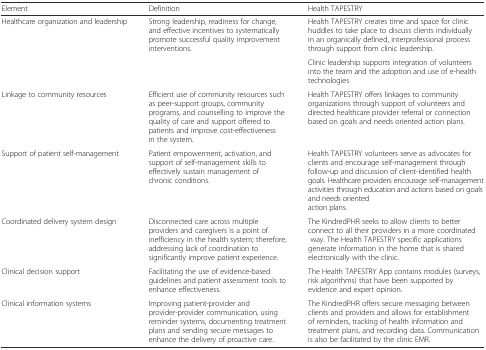
| Element | Definition | Health TAPESTRY |
 | --- | --- | --- |
 | <ROWSPAN=2> Healthcare organization and leadership | <ROWSPAN=2> Strong leadership, readiness for change, and effective incentives to systematically promote successful quality improvement interventions. | Health TAPESTRY creates time and space for clinic huddles to take place to discuss clients individually in an organically defined, interprofessional process through support from clinic leadership. |
 | Clinic leadership supports integration of volunteers into the team and the adoption and use of e-health technologies |
 | Linkage to community resources | Efficient use of community resources such as peer-support groups, community programs, and counselling to improve the quality of care and support offered to patients and improve cost-effectiveness in the system. | Health TAPESTRY offers linkages to community organizations through support of volunteers and directed healthcare provider referral or connection based on goals and needs oriented action plans. |
 | Support of patient self-management | Patient empowerment, activation, and support of self-management skills to effectively sustain management of chronic conditions. | Health TAPESTRY volunteers serve as advocates for clients and encourage self-management through follow-up and discussion of client-identified health goals. Healthcare providers encourage self-management activities through education and actions based on goals and needs oriented action plans. |
 | Coordinated delivery system design | Disconnected care across multiple providers and caregivers is a point of inefficiency in the health system; therefore, addressing lack of coordination to significantly improve patient experience. | The KindredPHR seeks to allow clients to better connect to all their providers in a more coordinated way. The Health TAPESTRY specific applications generate information in the home that is shared electronically with the clinic. |
 | Clinical decision support | Facilitating the use of evidence-based guidelines and patient assessment tools to enhance effectiveness. | The Health TAPESTRY App contains modules (surveys, risk algorithms) that have been supported by evidence and expert opinion. |
 | Clinical information systems | Improving patient-provider and provider-provider communication, using reminder systems, documenting treatment plans and sending secure messages to enhance the delivery of proactive care. | The KindredPHR offers secure messaging between clients and providers and allows for establishment of reminders, tracking of health information and treatment plans, and recording data. Communication is also be facilitated by the clinic EMR. |